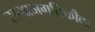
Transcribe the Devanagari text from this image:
समाजगतिकीवर